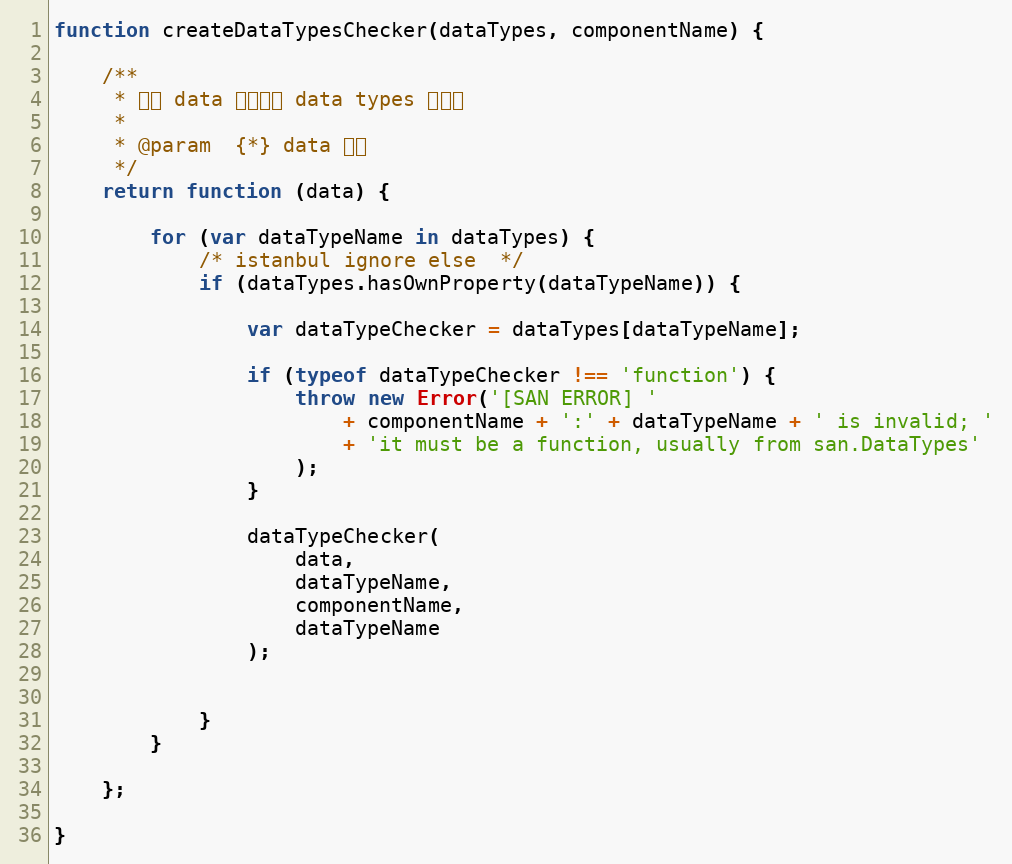
Language: JavaScript
function createDataTypesChecker(dataTypes, componentName) {

    /**
     * 校验 data 是否满足 data types 的格式
     *
     * @param  {*} data 数据
     */
    return function (data) {

        for (var dataTypeName in dataTypes) {
            /* istanbul ignore else  */
            if (dataTypes.hasOwnProperty(dataTypeName)) {

                var dataTypeChecker = dataTypes[dataTypeName];

                if (typeof dataTypeChecker !== 'function') {
                    throw new Error('[SAN ERROR] '
                        + componentName + ':' + dataTypeName + ' is invalid; '
                        + 'it must be a function, usually from san.DataTypes'
                    );
                }

                dataTypeChecker(
                    data,
                    dataTypeName,
                    componentName,
                    dataTypeName
                );

            }
        }

    };

}